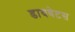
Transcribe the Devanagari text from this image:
डायबेटस